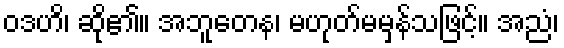
ဝဒဟိ၊ ဆို၏။ အဘူတေန၊ မဟုတ်မမှန်သဖြင့်။ အညံ၊